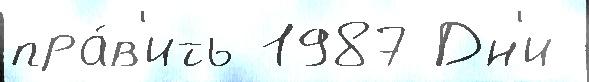
пра́в'ить 1987 Дн'и